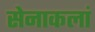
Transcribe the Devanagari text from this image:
सेनाकलां